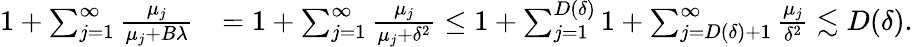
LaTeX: \begin{array}{rl}{1+\sum_{j=1}^{\infty}\frac{\mu_{j}}{\mu_{j}+B\lambda}}&{=1+\sum_{j=1}^{\infty}\frac{\mu_{j}}{\mu_{j}+\delta^{2}}\leq 1+\sum_{j=1}^{D(\delta)}1+\sum_{j=D(\delta)+1}^{\infty}\frac{\mu_{j}}{\delta^{2}}\lesssim D(\delta).}\end{array}